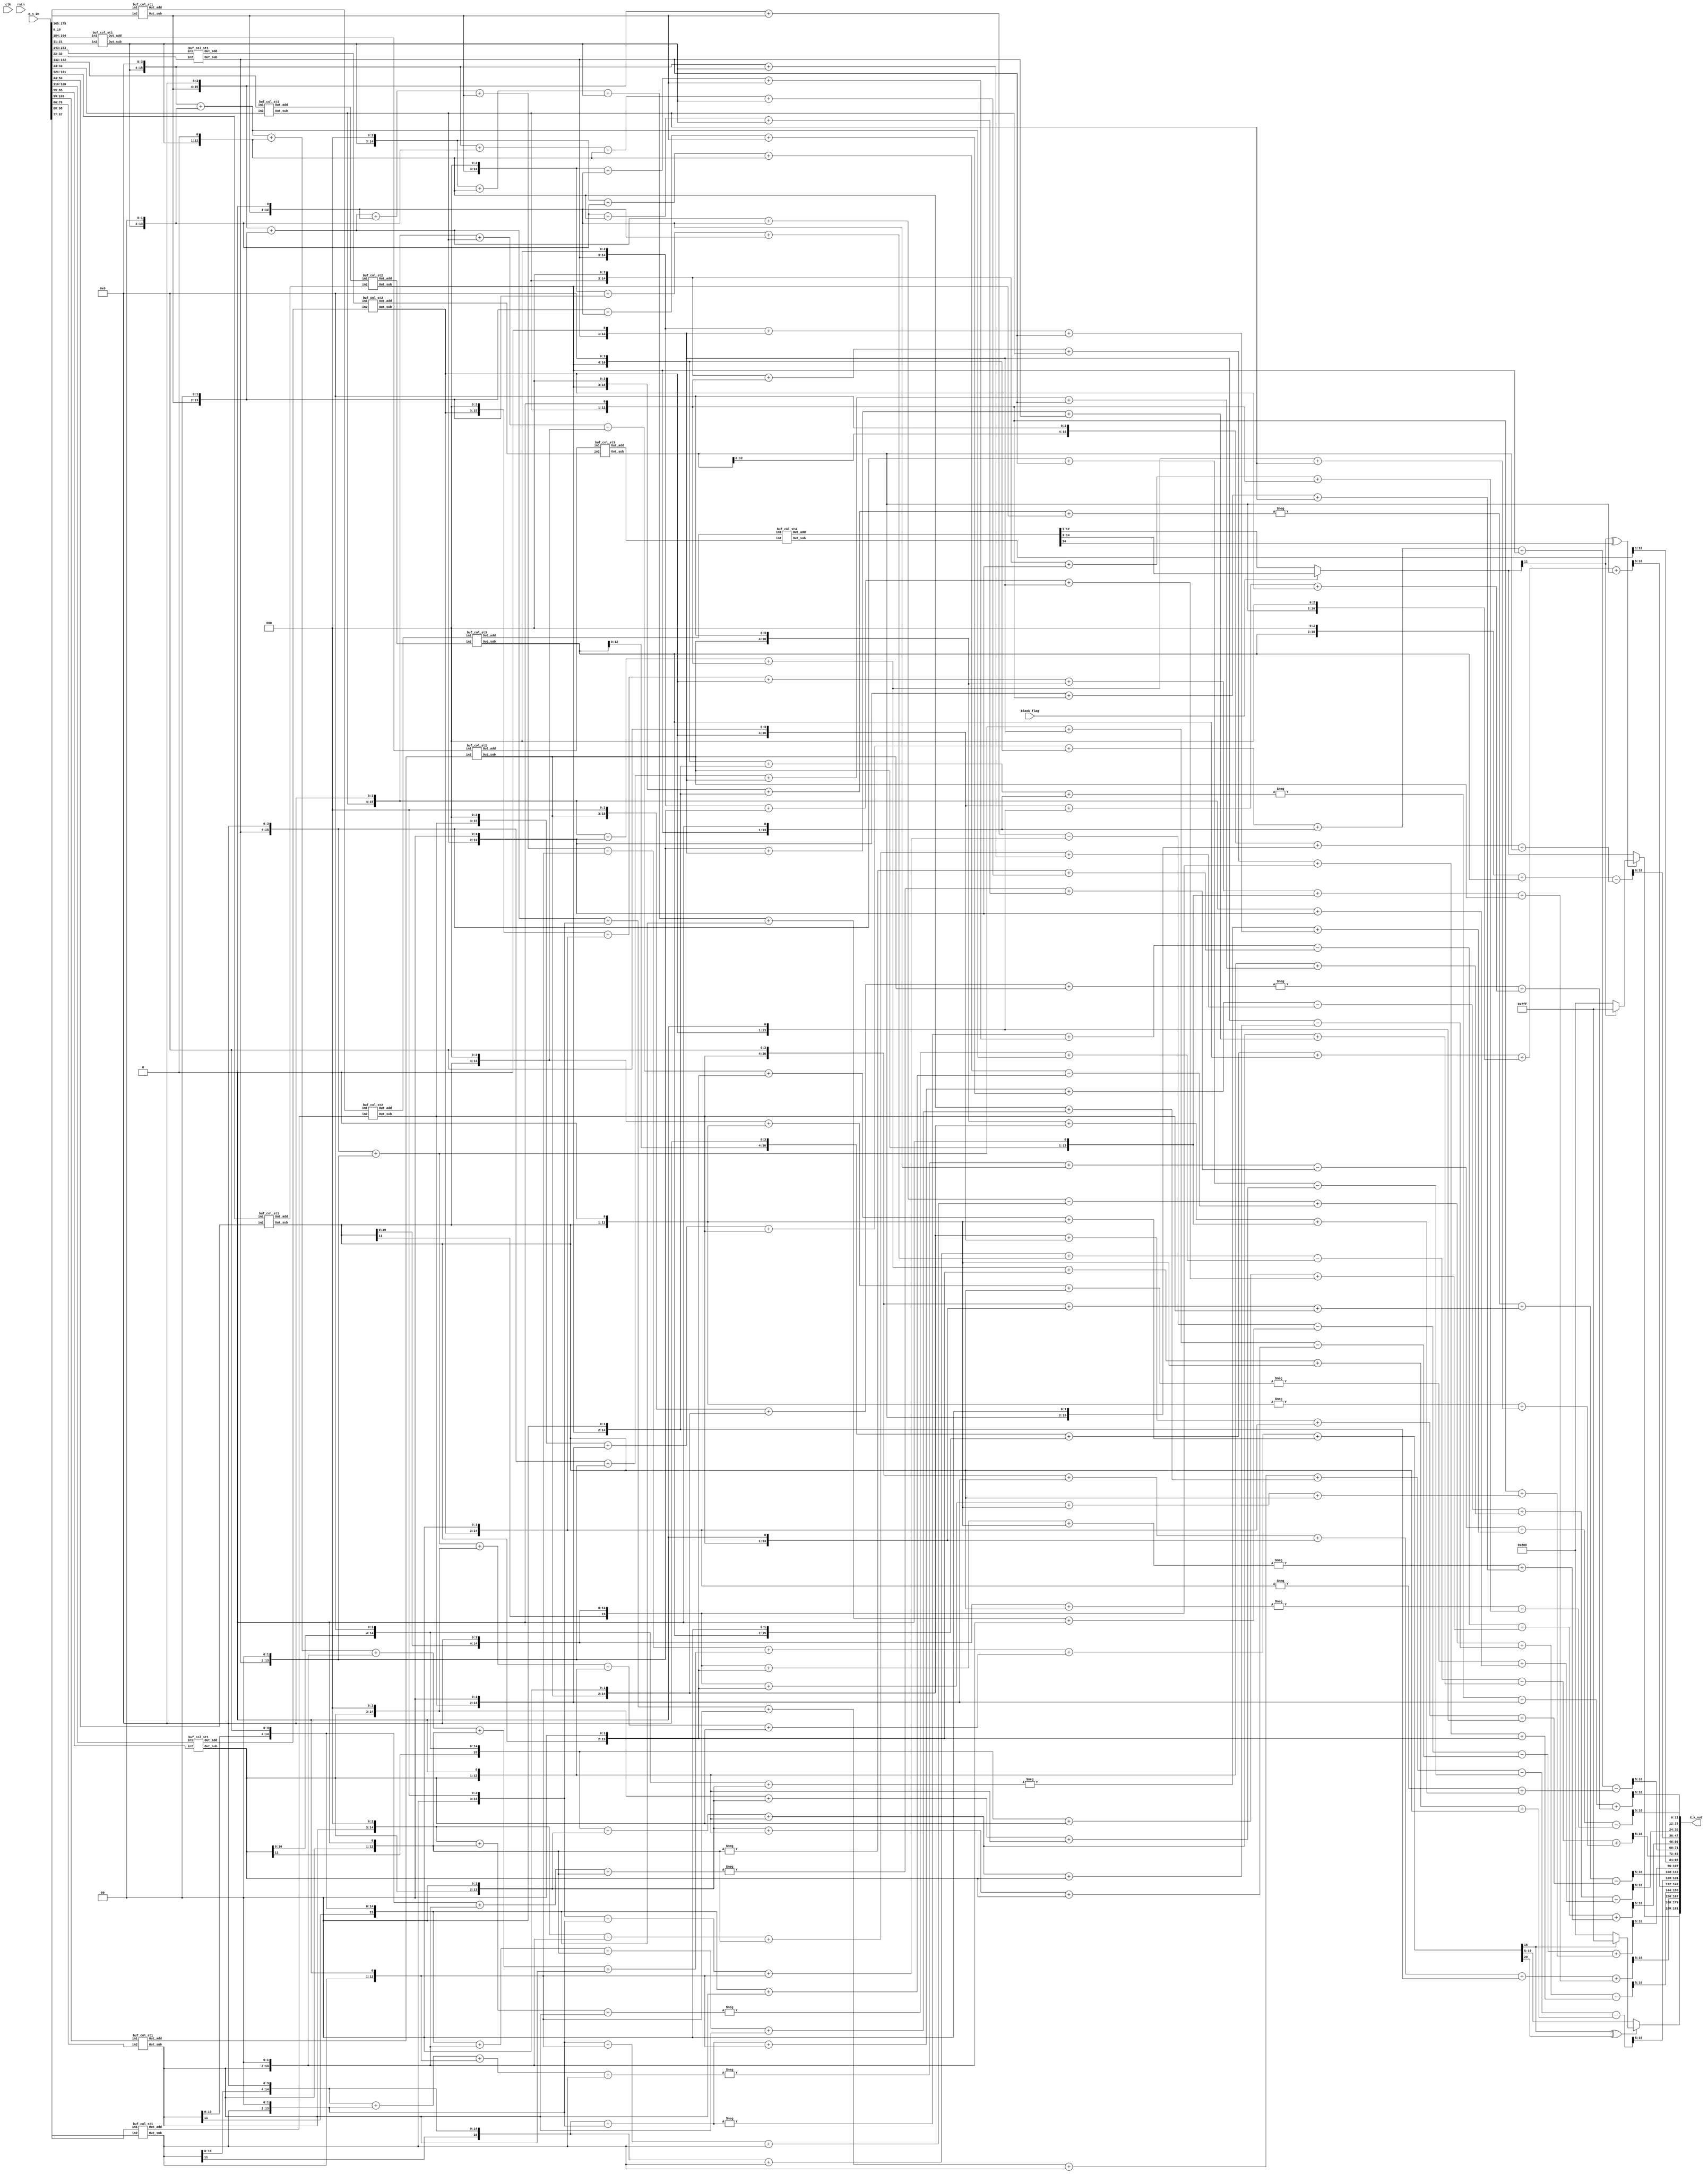
// 1 DCT 

module DCT_1D_col
    #(parameter C_bit = 7, parameter BW = 12)

    (X_k_out, x_n_in, clk, rstn, block_flag);

    output [16*BW-1:0]X_k_out;
    input [16*11-1:0]x_n_in;  
    input clk, rstn, block_flag;

    //(11.0)
    wire signed[11-1:0] x_0  = $signed(x_n_in[15*11 +: 11]);
    wire signed[11-1:0] x_1  = $signed(x_n_in[14*11 +: 11]);
    wire signed[11-1:0] x_2  = $signed(x_n_in[13*11 +: 11]);
    wire signed[11-1:0] x_3  = $signed(x_n_in[12*11 +: 11]);
    wire signed[11-1:0] x_4  = $signed(x_n_in[11*11 +: 11]);
    wire signed[11-1:0] x_5  = $signed(x_n_in[10*11 +: 11]);
    wire signed[11-1:0] x_6  = $signed(x_n_in[ 9*11 +: 11]);
    wire signed[11-1:0] x_7  = $signed(x_n_in[ 8*11 +: 11]);
    wire signed[11-1:0] x_8  = $signed(x_n_in[ 7*11 +: 11]);
    wire signed[11-1:0] x_9  = $signed(x_n_in[ 6*11 +: 11]);
    wire signed[11-1:0] x_10 = $signed(x_n_in[ 5*11 +: 11]);
    wire signed[11-1:0] x_11 = $signed(x_n_in[ 4*11 +: 11]);
    wire signed[11-1:0] x_12 = $signed(x_n_in[ 3*11 +: 11]);
    wire signed[11-1:0] x_13 = $signed(x_n_in[ 2*11 +: 11]);
    wire signed[11-1:0] x_14 = $signed(x_n_in[ 1*11 +: 11]);
    wire signed[11-1:0] x_15 = $signed(x_n_in[ 0*11 +: 11]);
    // (7.6)
    //wire [7-1:0] C_0  = 7'h10;
    // wire [7-1:0] C_1  = 7'h17;
    // wire [7-1:0] C_2  = 7'h16;
    // wire [7-1:0] C_3  = 7'h16;
    // wire [7-1:0] C_4  = 7'h15;
    // wire [7-1:0] C_5  = 7'h14;
    // wire [7-1:0] C_6  = 7'h13;
    // wire [7-1:0] C_7  = 7'h11;
    // wire [7-1:0] C_8  = 7'h10;
    // wire [7-1:0] C_9  = 7'he; 
    // wire [7-1:0] C_10 = 7'hd;
    // wire [7-1:0] C_11 = 7'hb;
    // wire [7-1:0] C_12 = 7'h9;
    // wire [7-1:0] C_13 = 7'h7;
    // wire [7-1:0] C_14 = 7'h4;
    // wire [7-1:0] C_15 = 7'h2;
    //  16  C0 = C8  15 .

    wire signed[12-1:0] X_0_15_a, X_0_15_s;
    wire signed[12-1:0] X_1_14_a, X_1_14_s;
    wire signed[12-1:0] X_2_13_a, X_2_13_s;
    wire signed[12-1:0] X_3_12_a, X_3_12_s;
    wire signed[12-1:0] X_4_11_a, X_4_11_s;
    wire signed[12-1:0] X_5_10_a, X_5_10_s;
    wire signed[12-1:0] X_6_9_a, X_6_9_s;
    wire signed[12-1:0] X_7_8_a, X_7_8_s;

    // Common stage (Even, Odd) (12.0)
    buf_col_st1 buf1( X_0_15_a, X_0_15_s, x_0, x_15);
    buf_col_st1 buf2( X_1_14_a, X_1_14_s, x_1, x_14);
    buf_col_st1 buf3( X_2_13_a, X_2_13_s, x_2, x_13);
    buf_col_st1 buf4( X_3_12_a, X_3_12_s, x_3, x_12);
    buf_col_st1 buf5( X_4_11_a, X_4_11_s, x_4, x_11);
    buf_col_st1 buf6( X_5_10_a, X_5_10_s, x_5, x_10);
    buf_col_st1 buf7( X_6_9_a,  X_6_9_s,  x_6, x_9);
    buf_col_st1 buf8( X_7_8_a,  X_7_8_s,  x_7, x_8);

    wire signed[13-1:0] X_0_7_8_15_a, X_1_6_9_14_a, X_2_5_10_13_a, X_3_4_11_12_a;
    wire signed[13-1:0] X_0_7_8_15_s, X_1_6_9_14_s, X_2_5_10_13_s, X_3_4_11_12_s;

    // Even stage (13.0)
    buf_col_st2 buf2_1 (X_0_7_8_15_a,  X_0_7_8_15_s,  X_0_15_a, X_7_8_a);
    buf_col_st2 buf2_2 (X_1_6_9_14_a,  X_1_6_9_14_s,  X_1_14_a, X_6_9_a);
    buf_col_st2 buf2_3 (X_2_5_10_13_a, X_2_5_10_13_s, X_2_13_a, X_5_10_a);
    buf_col_st2 buf2_4 (X_3_4_11_12_a, X_3_4_11_12_s, X_3_12_a, X_4_11_a);

    wire signed[14-1:0] X1, X2, X3, X4;
    buf_col_st3 buf3_1 (X2, X4, X_1_6_9_14_a, X_2_5_10_13_a);
    buf_col_st3 buf3_2 (X1, X3, X_0_7_8_15_a,  X_3_4_11_12_a);

    // Even Even Even
    ////////////////////****** X[0], X[8] ******////////////////////
    wire signed[15-1:0] Pre_X_0;
    wire signed[15-1:0] Pre_X_8;
    wire signed[16-1:0] X_0;
    wire signed[18-1:0] X_8;
    wire signed[12-1:0] X_0_trunc; 
    wire signed[12-1:0] X_8_trunc;
    wire signed[12-1:0] X_0_test;
    wire overflow0, overflow1;

    // 15bit outcome (15.0)
    buf_col_st4 buf4_1 (Pre_X_0, Pre_X_8, X1, X2);
    
    assign X_0 = (Pre_X_0);
    // 19bit outcome
    assign X_8 = (Pre_X_8 << 4);

    // 12bit (12.0)
    assign X_0_test = block_flag ? X_0 >>> 3 : X_0 >>> 1;
    xor(overflow0, X_0_test[12-1], Pre_X_0[15-1]);

    assign X_0_trunc = overflow0 ? (X_0_test[12-1] ? 12'b011111111111 : 12'b100000000000) : X_0_test;
    assign X_8_trunc = X_8[17-1:5];

    // Even Even Odd
    ////////////////////****** X[4], X[12] ******////////////////////
    wire signed[20-1:0] X_4;
    wire signed[18-1:0] X_12;
    wire signed[12-1:0] X_4_trunc, X_12_trunc;

    assign X_4 = ((X3 << 4)) + ((X3 << 2)) + (X3) + (X4 << 3) + (X4);
    assign X_12 = (X3 << 3) + (X3) - ((X4 << 4) + (X4 << 2) + X4);
    
    // 12bit (12.1)  6,  5 
    assign X_4_trunc = X_4[17-1:5];
    assign X_12_trunc = X_12[17-1:5];

    // Even Odd
    ////////////////////****** X[2], X[6], X[10], X[14] ******////////////////////
    wire signed [18-1:0] Pre_X_6_1, Pre_X_6_2;
    wire signed [17-1:0] Pre_X_10_1, Pre_X_10_2;
    //buf_col_st3_mult buf3_3 (Pre_X_10_1, Pre_X_6_1, X_0_7_8_15_s, X_3_4_11_12_s, C_10, C_6);
    //buf_col_st3_mult buf3_4 (Pre_X_6_2, Pre_X_10_2, X_1_6_9_14_s, X_2_5_10_13_s, C_14, C_2);

    // C10 = 0001101, C6 = 0010011
    // C10 * X_0_7_8_15_s + C6 * X_3_4_11_12_s
    // -C10 * X_3_4_11_12 + C6 * X_0_7_8_15_s
    assign Pre_X_10_1 = (X_0_7_8_15_s << 3) + (X_0_7_8_15_s << 2) + (X_0_7_8_15_s) + (X_3_4_11_12_s << 4) + (X_3_4_11_12_s << 1) + (X_3_4_11_12_s);
    assign Pre_X_6_1 = -((X_3_4_11_12_s << 3) + (X_3_4_11_12_s << 2) + (X_3_4_11_12_s)) + ((X_0_7_8_15_s << 4) + (X_0_7_8_15_s << 1) + (X_0_7_8_15_s));

    // C14 = 0000100, C2 = 0010110
    // C14 * X_1_6_9_14_s + C2 * X_2_5_10_13_s
    // -C14 * X_2_5_10_13_s + C2 * X_1_6_9_14_s
    assign Pre_X_6_2 = (X_1_6_9_14_s << 2)  + (X_2_5_10_13_s << 4) + (X_2_5_10_13_s << 2) + (X_2_5_10_13_s << 1);
    assign Pre_X_10_2 = -((X_2_5_10_13_s << 2)) + ((X_1_6_9_14_s << 4) + (X_1_6_9_14_s << 2) + (X_1_6_9_14_s << 1));
    
    wire signed [20-1:0] X_6;
    wire signed [18-1:0] X_10;
    assign X_10 = Pre_X_10_1 - Pre_X_10_2;
    assign X_6 = Pre_X_6_1 - Pre_X_6_2;

    // 12bit truncation
    wire signed [12-1:0] X_10_trunc, X_6_trunc;
    assign X_10_trunc = X_10[17-1:5];
    assign X_6_trunc = X_6[17-1:5];

    // X[2], X[6]
    wire signed [20-1:0] Pre_X_2_1, Pre_X_2_2;
    wire signed [17-1:0] Pre_X_14_1, Pre_X_14_2;
    
    // C2 = 0010110, C14 = 0000100
    // C2 * X_0_7_8_15_s + C14 * X_3_4_11_12_s
    // -C2 * X_3_4_11_12_s + C14 * X_0_7_8_15_s
    assign Pre_X_2_1 = (X_0_7_8_15_s << 4) + (X_0_7_8_15_s << 2) + (X_0_7_8_15_s << 1) + (X_3_4_11_12_s << 2);
    assign Pre_X_14_1 = -((X_3_4_11_12_s << 4) + (X_3_4_11_12_s << 2) + (X_3_4_11_12_s << 1)) + ((X_0_7_8_15_s << 2));

    // C10 = 0001101, C6 = 0010011
    // C10 * X_2_5_10_13_s + C6 * X_1_6_9_14_s
    // -C10 * X_1_6_9_14_s + C6 * X_2_5_10_13_s
    assign Pre_X_2_2 = (X_2_5_10_13_s << 3) + (X_2_5_10_13_s << 2) + (X_2_5_10_13_s) + (X_1_6_9_14_s << 4) + (X_1_6_9_14_s << 1) + (X_1_6_9_14_s);
    assign Pre_X_14_2 = -((X_1_6_9_14_s << 3) + (X_1_6_9_14_s << 2) + (X_1_6_9_14_s)) + ((X_2_5_10_13_s << 4) + (X_2_5_10_13_s << 1) + (X_2_5_10_13_s));

    wire signed [21-1:0] X_2;
    wire signed [18-1:0] X_14;
    // 19bit outcome
    assign X_2 = Pre_X_2_1 + Pre_X_2_2;
    assign X_14 = Pre_X_14_1 + Pre_X_14_2;

    // 12bit truncation
    wire signed [12-1:0] X_2_trunc, X_14_trunc;
    assign X_2_trunc = X_2[17-1:5];
    assign X_14_trunc = X_14[17-1:5];

    // Odd part
    ////////////////////****** X[1], X[15] ******////////////////////
    /////      ///////////
    wire signed [21-1:0] Pre_X_1;
    wire signed [17-1:0] Pre_X_15;
    wire signed [19-1:0] X1_1, X1_2, X1_3, X1_4;
    wire signed [15-1:0] X15_1, X15_2, X15_3, X15_4;
    wire signed [12-1:0] X_1_test;
    wire overflow_chk1;
    
    // C1 = 0010111, C15 = 0000010
    // C1 * X_0_15_s + C15 * X_7_8_s
    // -C1 * X_7_8_s + C15 * X_0_15_s
    assign X1_1 = (X_0_15_s << 4) + (X_0_15_s << 2) + (X_0_15_s << 1) + X_0_15_s + (X_7_8_s << 1);
    assign X15_1 = -((X_7_8_s << 4) + (X_7_8_s << 2) + (X_7_8_s << 1) + X_7_8_s) + ((X_0_15_s << 1));

    // C3 = 0010110, C13 = 0000111
    // C3 * X_1_14_s + C13 * X_6_9_s
    // -C3 * X_6_9_s + C13 * X_1_14_s
    assign X1_2 = ((X_1_14_s << 4)+(X_1_14_s << 2)+(X_1_14_s << 1))  + (X_6_9_s << 2) + (X_6_9_s << 1) + (X_6_9_s);
    assign X15_2 = -((X_6_9_s << 4) + (X_6_9_s << 2) + (X_6_9_s << 1)) + ((X_1_14_s << 2)+(X_1_14_s << 1)+(X_1_14_s));

    // C5 = 0010100, C11 = 0001011
    // C5 * X_2_13_s + C11 * X_5_10_s
    // -C5 * X_5_10_s + C11 * X_2_13_s
    assign X1_3 = (X_2_13_s << 4) + (X_2_13_s << 2) + (X_5_10_s << 3) + (X_5_10_s << 1) + (X_5_10_s);
    assign X15_3 = -((X_5_10_s << 4) + (X_5_10_s << 2)) + ((X_2_13_s << 3) + (X_2_13_s << 1) + (X_2_13_s));

    // C7 = 0010001, C9 = 0001110
    // C7 * X_3_12_s + C9 * X_4_11_s
    // -C7 * X_4_11_s + C9 * X_3_12_s
    assign X1_4 = (X_3_12_s << 4) + (X_3_12_s) + (X_4_11_s << 3) + (X_4_11_s << 2) + (X_4_11_s << 1);
    assign X15_4 = -((X_4_11_s << 4) + (X_4_11_s)) + ((X_3_12_s << 3) + (X_3_12_s << 2) + (X_3_12_s << 1));

    assign Pre_X_1 = X1_1 + X1_2 + X1_3 + X1_4;
    assign X_1_test = Pre_X_1[17-1:5];
    assign Pre_X_15 = X15_1 - X15_2 + X15_3 - X15_4;

    ///////////////////////////////// !!!!!!!!!!!! ///////////////////////////////////////
    xor(overflow_chk1, X_1_test[12-1], Pre_X_1[21-1]);
    // 12bit truncation
    wire signed [12-1:0] X_1_trunc, X_15_trunc;
    assign X_1_trunc = overflow_chk1? (X_1_test[12-1] ? 12'b011111111111 : 12'b100000000000) : X_1_test;
    assign X_15_trunc = Pre_X_15[17-1:5];


    ////////////////////****** X[3], X[13] ******////////////////////

    wire signed [20-1:0] Pre_X_3;
    wire signed [18-1:0] Pre_X_13;
    wire signed [18-1:0] X3_1, X3_2, X3_3, X3_4;
    wire signed [16-1:0] X13_1, X13_2, X13_3, X13_4;

    // C3 = 0010110, C13 = 0000111
    // C3 * X_0_15_s  C13 * X_7_8_s
    // -C3 * X_7_8_s + C13 * X_0_15_s
    //assign X_7_8_s = -X_7_8_s;
    assign X3_1 = (X_0_15_s << 4) + (X_0_15_s << 2) + (X_0_15_s << 1) -((X_7_8_s << 2) + (X_7_8_s << 1) + (X_7_8_s));
    assign X13_1 = ((X_7_8_s << 4) + (X_7_8_s << 2) + (X_7_8_s << 1)) + ((X_0_15_s << 2) + (X_0_15_s << 1) + (X_0_15_s));

    // C9 = 0001110, C7 = 0010001
    // C9 * X_1_14_s + C7 * X_6_9_s
    // -C9 * X_6_9_s + C7 * X_1_14_s
    //assign X_6_9_s = -X_6_9_s;
    assign X3_2 = (X_1_14_s << 3) + (X_1_14_s << 2) + (X_1_14_s << 1) - ((X_6_9_s << 4) + (X_6_9_s));
    assign X13_2 = ((X_6_9_s << 3) + (X_6_9_s << 2) + (X_6_9_s << 1)) + ((X_1_14_s << 4) + (X_1_14_s));

    // C15 = 0000010, C1 = 0010111
    // C15 * X_2_13_s + C1 * X_5_10_s
    // -C15 * X_5_10_s + C1 * X_2_13_s
    //assign X_5_10_s = -X_5_10_s;
    assign X3_3 = (X_2_13_s << 1) - ((X_5_10_s << 4) + (X_5_10_s << 2) + (X_5_10_s << 1) + X_5_10_s);
    assign X13_3 = ((X_5_10_s << 1)) + ((X_2_13_s << 4) + (X_2_13_s << 2) + (X_2_13_s << 1) + (X_2_13_s));

    // C11 = 0001011, C5 = 0010100
    // C11 * X_3_12_s + C5 * X_4_11_s
    // -C11 * X_4_11_s + C5 * X_3_12_s
    assign X3_4 = ((X_3_12_s << 3) + (X_3_12_s << 1) + (X_3_12_s)) + (X_4_11_s << 4) + (X_4_11_s << 2);
    assign X13_4 = -((X_4_11_s << 3) + (X_4_11_s << 1) + (X_4_11_s)) + ((X_3_12_s << 4) + (X_3_12_s << 2));

    assign Pre_X_3 = X3_1 + X3_2 + X3_3 - X3_4;
    assign Pre_X_13 = X13_1 - X13_2 + X13_3 - X13_4;

    // 12bit truncation
    wire signed [12-1:0] X_3_trunc, X_13_trunc;
    assign X_3_trunc = Pre_X_3[17-1:5];
    assign X_13_trunc = Pre_X_13[17-1:5];

    ////////////////////****** X[5], X[11] ******////////////////////

    wire signed [20-1:0] Pre_X_5;
    wire signed [18-1:0] Pre_X_11;
    wire signed [18-1:0] X5_1, X5_2, X5_3, X5_4;
    wire signed [16-1:0] X11_1, X11_2, X11_3, X11_4;

    // C5 = 0010100, C11 = 0001011
    // C5 * X_0_15_s + C11 * X_7_8_s
    // -C5 * X_7_8_s + C11 * X_0_15_s
    assign X5_1 = (X_0_15_s << 4) + (X_0_15_s << 2) + (X_7_8_s << 3) + (X_7_8_s << 1) + (X_7_8_s);
    assign X11_1 = -((X_7_8_s << 4) + (X_7_8_s << 2)) + ((X_0_15_s << 3) + (X_0_15_s << 1) + (X_0_15_s));

    // C15 = 0000010, C1 = 0010111
    // C15 * X_1_14_s + C1 * X_6_9_s
    // -C15 * X_6_9_s + C1 * X_1_14_s
    assign X5_2 = (X_1_14_s << 1) + ((X_6_9_s << 4) + (X_6_9_s << 2) + (X_6_9_s << 1) + X_6_9_s);
    assign X11_2 = -((X_6_9_s << 1)) + ((X_1_14_s << 4) + (X_1_14_s << 2) + (X_1_14_s << 1) + (X_1_14_s));

    // C7 = 0010001, C9 = 0001110
    // C7 * X_2_13_s + C9 * X_5_10_s
    // -C7 * X_5_10_s + C9 * X_2_13_s
    assign X5_3 = (X_2_13_s << 4) + (X_2_13_s) - ((X_5_10_s << 3) + (X_5_10_s << 2) + (X_5_10_s << 1));
    assign X11_3 = ((X_5_10_s << 4) + (X_5_10_s)) + ((X_2_13_s << 3) + (X_2_13_s << 2) + (X_2_13_s << 1));

    // C3 = 0010110, C13 = 0000111
    // C3 * X_3_12_s + C13 * X_4_11_s
    // -C3 * X_4_11_s + C13 * X_3_12_s
    assign X5_4 = (X_3_12_s << 4) + (X_3_12_s << 2) + (X_3_12_s << 1) + (X_4_11_s << 2) + (X_4_11_s << 1) + X_4_11_s;
    assign X11_4 = -((X_4_11_s << 4) + (X_4_11_s << 2) + (X_4_11_s << 1)) + ((X_3_12_s << 2) + (X_3_12_s << 1) + X_3_12_s);

    assign Pre_X_5 = X5_1 + X5_2 - X5_3 - X5_4;
    assign Pre_X_11 = X11_1 - X11_2 + X11_3 + X11_4;

    // 11bit truncation
    wire signed [12-1:0] X_5_trunc, X_11_trunc;
    assign X_5_trunc = Pre_X_5[17-1:5];
    assign X_11_trunc = Pre_X_11[17-1:5];

    ////////////////////****** X[7], X[9] ******////////////////////

    wire signed [19-1:0] Pre_X_7, Pre_X_9;
    wire signed [18-1:0] X7_1, X9_1, X7_2, X9_2, X7_3, X9_3, X7_4, X9_4;

    // C7 = 0010001, C9 = 0001110
    // C7 * X_0_15_s + C9 * X_7_8_s
    // -C7 * X_7_8_s + C9 * X_0_15_s
    //assign X_7_8_s = -X_7_8_s;
    assign X7_1 = (X_0_15_s << 4) + (X_0_15_s) - ((X_7_8_s << 3) + (X_7_8_s << 2) + (X_7_8_s << 1));
    assign X9_1 = ((X_7_8_s << 4) + (X_7_8_s)) + ((X_0_15_s << 3) + (X_0_15_s << 2) + (X_0_15_s << 1));

    // C11 = 0001011, C5 = 0010100
    // C11 * X_1_14_s + C5 * X_6_9_s
    // -C11 * X_6_9_s + C5 * X_1_14_s
    assign X7_2 = (X_1_14_s << 3) + (X_1_14_s << 1) + (X_1_14_s) + (X_6_9_s << 4) + (X_6_9_s << 2);
    assign X9_2 = -((X_6_9_s << 3) + (X_6_9_s << 1) + (X_6_9_s)) + ((X_1_14_s << 4) + (X_1_14_s << 2));

    // C3 = 0010110, C13 = 0000111
    // C3 * X_2_13_s + C13 * X_5_10_s
    // -C3 * X_5_10_s + C13 * X_2_13_s
    //assign X_5_10_s = -X_5_10_s;
    assign X7_3 = (X_2_13_s << 4) + (X_2_13_s << 2) + (X_2_13_s << 1) - ((X_5_10_s << 2) + (X_5_10_s << 1) + X_5_10_s);
    assign X9_3 = ((X_5_10_s << 4) + (X_5_10_s << 2) + (X_5_10_s << 1)) + ((X_2_13_s << 2) + (X_2_13_s << 1) + X_2_13_s);

    // C15 = 0000010, C1 = 0010111
    // C15 * X_3_12_s + C1 * X_4_11_s
    // -C15 * X_4_11_s + C1 * X_3_12_s
    assign X7_4 = (X_3_12_s << 1) + ((X_4_11_s << 4) + (X_4_11_s << 2) + (X_4_11_s << 1) + X_4_11_s);
    assign X9_4 = -((X_4_11_s << 1)) + ((X_3_12_s << 4) + (X_3_12_s << 2) + (X_3_12_s << 1) + (X_3_12_s));

    assign Pre_X_7 = X7_1 - X7_2 - X7_3 + X7_4;
    assign Pre_X_9 = X9_1 - X9_2 - X9_3 + X9_4;

    // 11bit truncation
    wire signed [12-1:0] X_7_trunc, X_9_trunc;
    assign X_7_trunc = Pre_X_7[17-1:5];
    assign X_9_trunc = Pre_X_9[17-1:5];

    assign X_k_out = {X_0_trunc, X_1_trunc, X_2_trunc, X_3_trunc, X_4_trunc, X_5_trunc, X_6_trunc, X_7_trunc, X_8_trunc, X_9_trunc, X_10_trunc, X_11_trunc, X_12_trunc, X_13_trunc, X_14_trunc, X_15_trunc};


endmodule

module buf_col_st1(Out_add, Out_sub, in1, in2);
    output signed[12-1:0] Out_add;
    output signed[12-1:0] Out_sub;
    input signed [11-1:0] in1;
    input signed [11-1:0] in2;

    assign Out_add = in1 + in2;
    assign Out_sub = in1 - in2;

endmodule

//   output unsigned .
module buf_col_st2(Out_add, Out_sub, in1, in2);
    output signed[13-1:0] Out_add;
    output signed[13-1:0] Out_sub;
    input signed[12-1:0] in1;
    input signed[12-1:0] in2;

    assign Out_add = in1 + in2;
    assign Out_sub = in1 - in2;

endmodule

// module buf_col_st2_mult(Out_add, Out_sub, in1, in2, c1, c2);
//     output signed[20-1:0] Out_add;
//     output signed[20-1:0] Out_sub;
//     input signed[7-1:0] c1, c2;
//     input signed[12-1:0] in1;
//     input signed[12-1:0] in2;

//     assign Out_add = in1 * c1 + in2 * c2;
//     assign Out_sub = in1 * c2 - in2 * c1;

// endmodule

module buf_col_st3(Out_add, Out_sub, in1, in2);
    output signed[14-1:0] Out_add;
    output signed[14-1:0] Out_sub;
    input signed[13-1:0] in1;
    input signed[13-1:0] in2;

    assign Out_add = in1 + in2;
    assign Out_sub = in1 - in2;

endmodule
// // Even Odd X[2], X[6], X[10], X[14]  butterfly 
// module buf_col_st3_mult (Out_add, Out_sub, in1, in2, c1, c2);
//     output signed[21-1:0] Out_add;
//     output signed[21-1:0] Out_sub;
//     input signed[7-1:0] c1, c2;
//     input signed[13-1:0] in1;
//     input signed[13-1:0] in2;

//     assign Out_add = in1 * c1 + in2 * c2;
//     assign Out_sub = in1 * c2 - in2 * c1;

// endmodule

module buf_col_st4(Out_add, Out_sub, in1, in2);
    output signed[15-1:0] Out_add;
    output signed[15-1:0] Out_sub;
    input signed[14-1:0] in1, in2;

    assign Out_add = in1 + in2;
    assign Out_sub = in1 - in2;

endmodule

// // even X[4], X[12]  butterfly 
// module buf_col_st4_mult(Out_add, Out_sub, in1, in2, c1, c2);
//     output signed[22-1:0] Out_add;
//     output signed[22-1:0] Out_sub;
//     input signed[7-1:0] c1, c2;
//     input signed[14-1:0] in1, in2;

//     assign Out_add = in1 * c1 + in2 * c2;
//     assign Out_sub = in1 * c2 - in2 * c1;

// endmodule